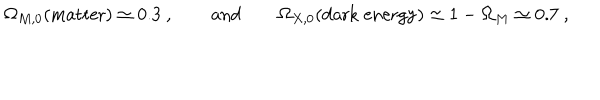
\Omega _ { M , 0 } ( \mathrm { m a t t e r } ) \simeq 0 . 3 ~ , \qquad \mathrm { a n d } \qquad \Omega _ { X , 0 } ( \mathrm { d a r k ~ e n e r g y } ) \simeq 1 - \Omega _ { M } \simeq 0 . 7 ~ ,